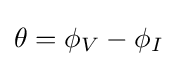
\theta =\phi _{V}-\phi _{I}